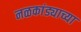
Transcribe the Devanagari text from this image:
नळकांड्याच्या